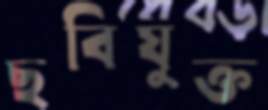
ছবিযুক্ত